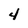
Character: 4